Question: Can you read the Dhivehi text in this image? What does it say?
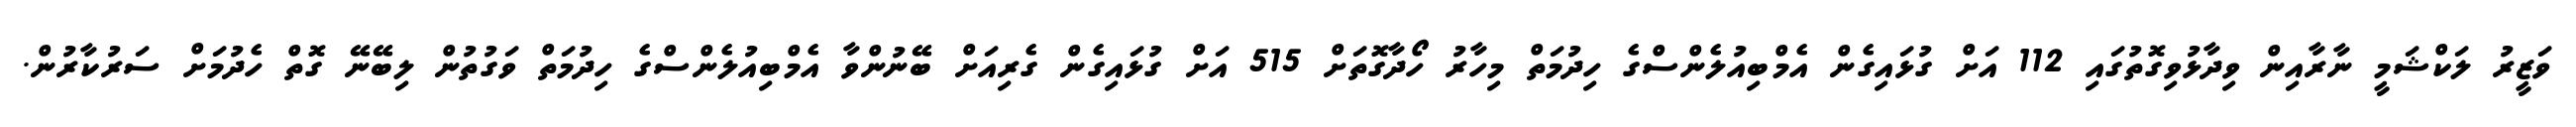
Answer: ވަޒީރު ލަކްޝަމީ ނާރާއިން ވިދާޅުވިގޮތުގައި 112 އަށް ގުޅައިގެން އެމްބިއުލެންސްގެ ހިދުމަތް މިހާރު ހޯދާގޮތަށް 515 އަށް ގުޅައިގެން ގެރިއަށް ބޭނުންވާ އެމްބިއުލެންސްގެ ހިދުމަތް ވަގުތުން ލިބޭނޭ ގޮތް ހެދުމަށް ސަރުކާރުން.